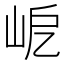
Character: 𡶃